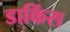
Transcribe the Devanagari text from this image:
डाकिंस